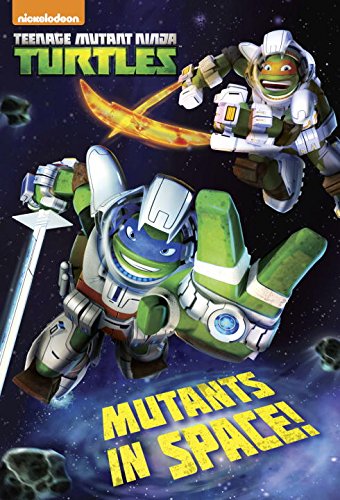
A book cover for Mutants in Space! (Teenage Mutant Ninja Turtles) (Junior Novel); David Lewman; Children's Books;